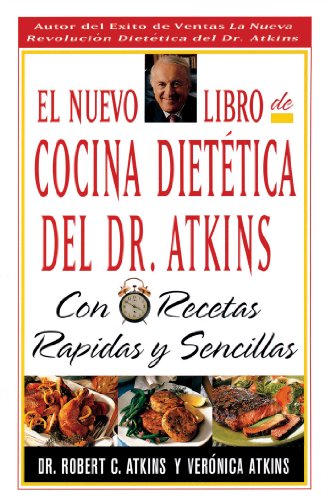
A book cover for El Nuevo Libro De Cocina Dietetica Del Dr Atkins: Con Recetas Rapidas Y Sencillas (Spanish Edition); Robert C. Atkins M.D.; Health, Fitness & Dieting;